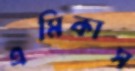
এমিকাস